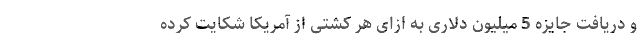
و دریافت جایزه 5 میلیون دلاری به ازای هر کشتی از آمریکا شکایت کرده